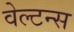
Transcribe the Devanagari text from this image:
वेल्टन्स